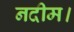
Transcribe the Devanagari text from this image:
नदीम।